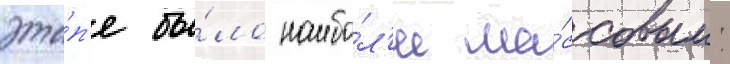
эта́п'е бы́ло наибо́л'ее ма́ссовым: